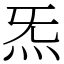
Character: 炁